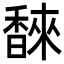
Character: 𮩩